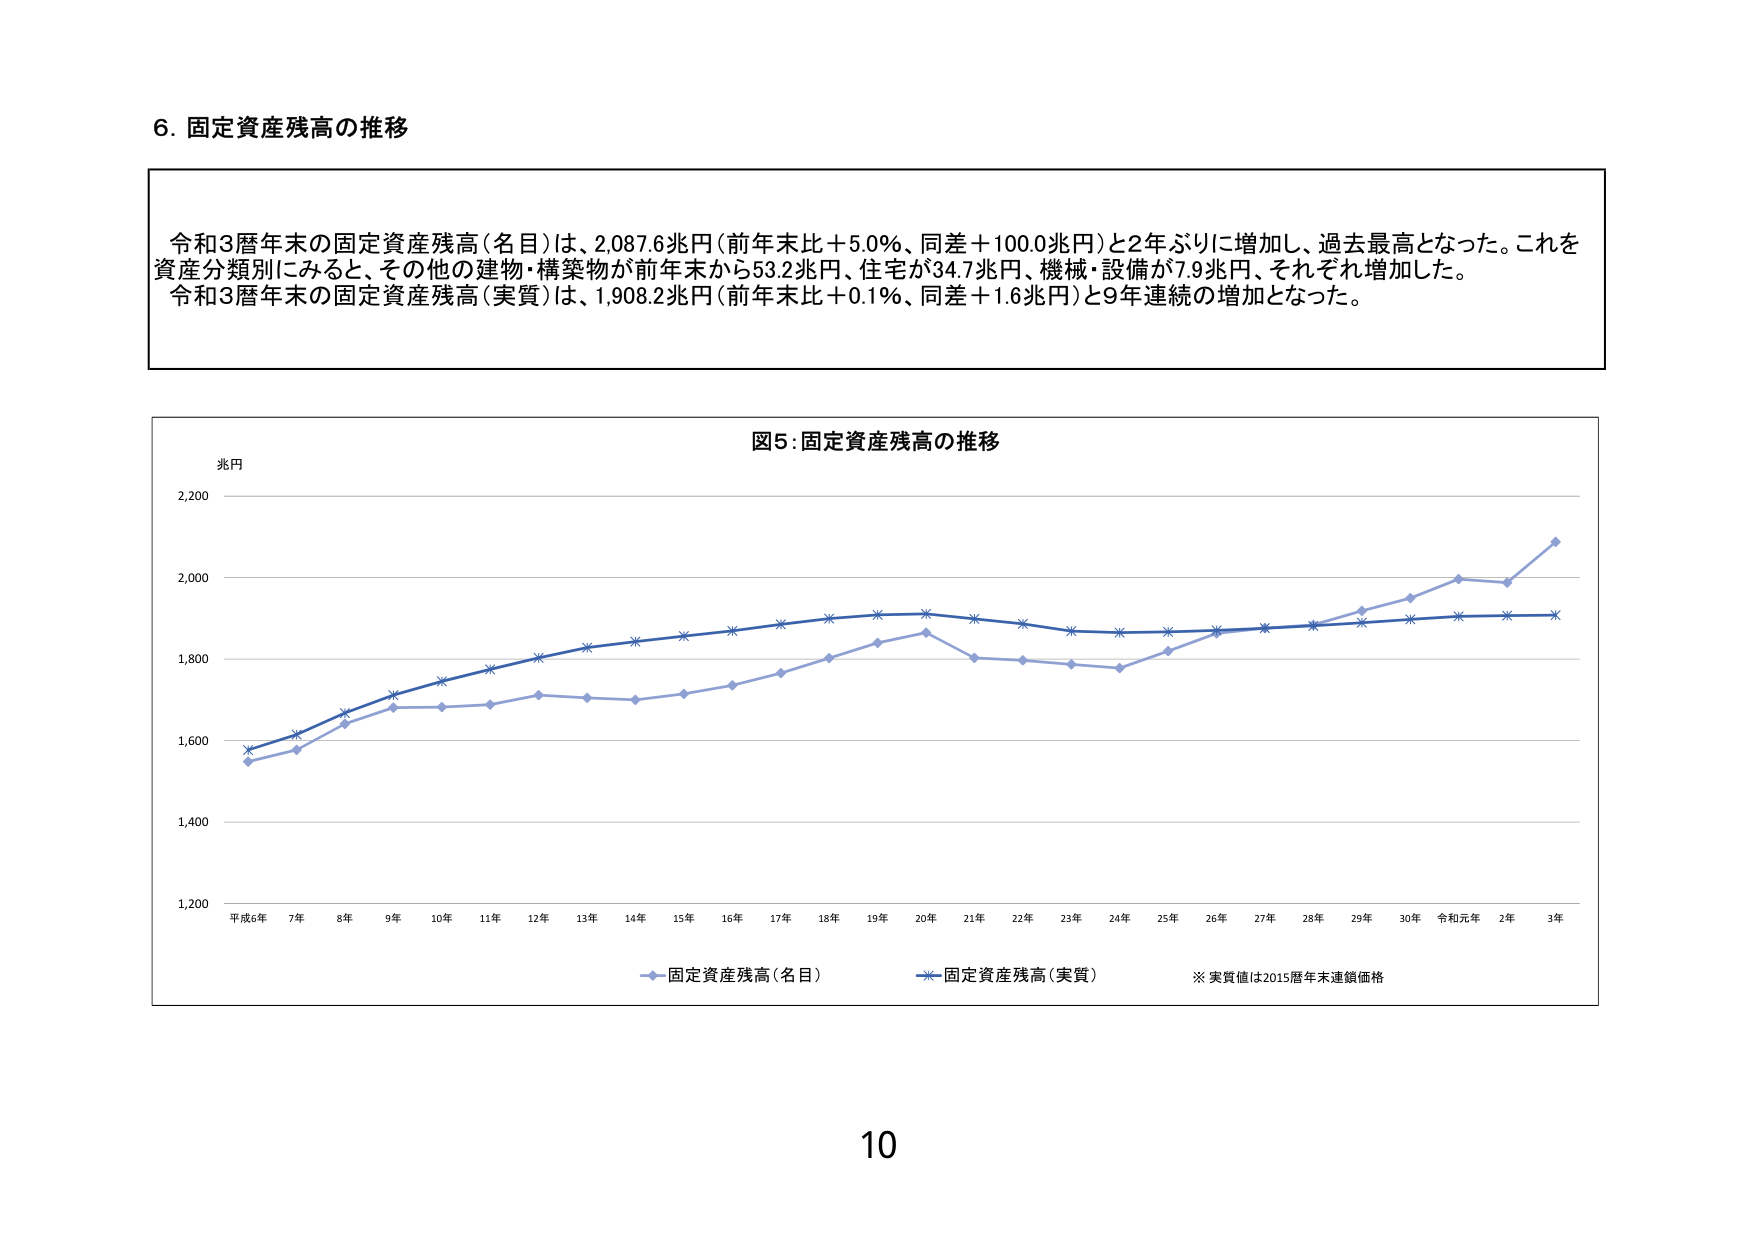
6. 固定資産残高の推移

令和3暦年末の固定資産残高（名目）は、2,087.6兆円（前年末比＋5.0％、同差＋100.0兆円）と2年ぶりに増加し、過去最高となった。これを資産分類別にみると、その他の建物・構築物が前年末から53.2兆円、住宅が34.7兆円、機械・設備が7.9兆円、それぞれ増加した。令和3暦年末の固定資産残高（実質）は、1,908.2兆円（前年末比＋0.1％、同差＋1.6兆円）と9年連続の増加となった。

図5：固定資産残高の推移

兆円
2,200
2,000
1,800
1,600
1,400
1,200

平成6年 7年 8年 9年 10年 11年 12年 13年 14年 15年 16年 17年 18年 19年 20年 21年 22年 23年 24年 25年 26年 27年 28年 29年 30年 令和元年 2年 3年

固定資産残高（名目）
固定資産残高（実質）
※ 実質値は2015暦年末連鎖価格

10